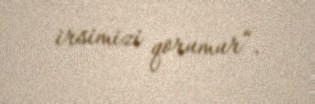
irsimizi qorumur“.